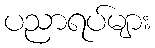
ပညာရပ်များ